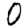
Digit: 0